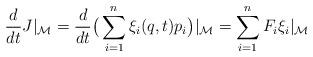
LaTeX: \begin{align*}\frac{d}{dt}J\vert_\mathcal M=\frac{d}{dt}\big(\sum_{i=1}^n \xi_i(q,t)p_i\big)\vert_\mathcal M=\sum_{i=1}^n F_i\xi_i\vert_\mathcal M\end{align*}